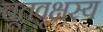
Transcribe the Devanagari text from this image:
चूतवृक्षस्य